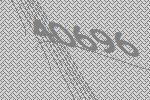
40696